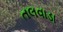
તલવાડા